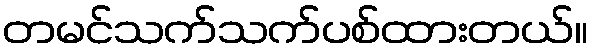
တမင်သက်သက်ပစ်ထားတယ်။